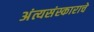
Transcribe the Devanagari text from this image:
अंत्यसंस्काराचे